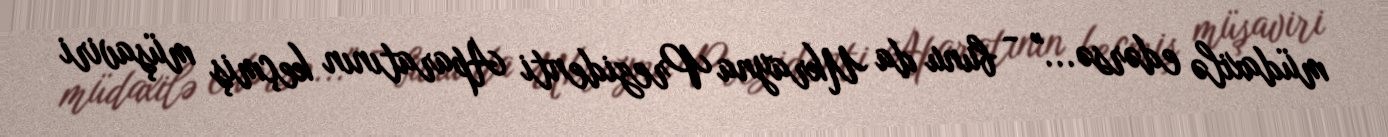
müdaxilə edərsə..." - bunu da Ukrayna Prezidenti Aparatının keçmiş müşaviri